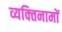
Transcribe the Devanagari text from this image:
व्यक्‍तिनामों